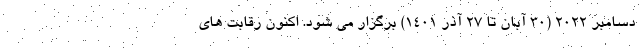
دسامبر ۲۰۲۲ (۳۰ آبان تا ۲۷ آذر ۱۴۰۱) برگزار می شود. اکنون رقابت های